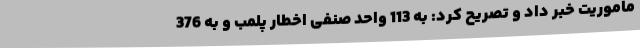
ماموریت خبر داد و تصریح کرد: به 113 واحد صنفی اخطار پلمب و به 376